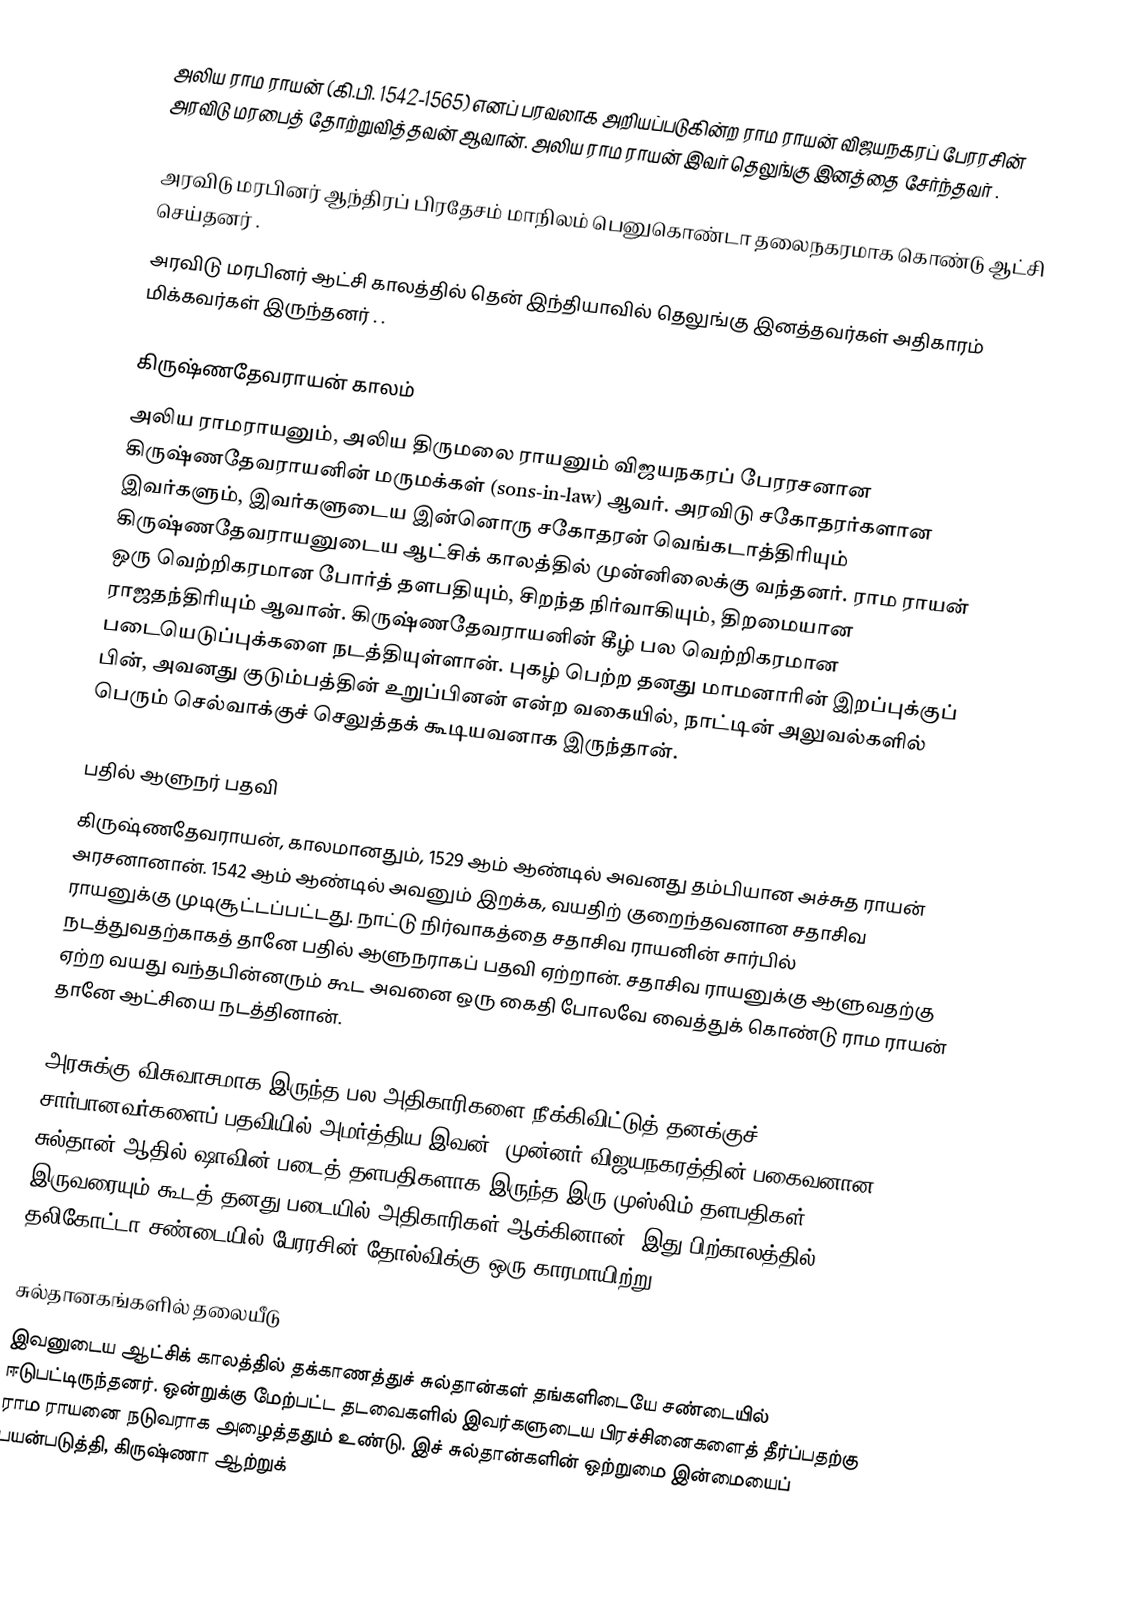
அலிய ராம ராயன் (கி.பி. 1542-1565) எனப் பரவலாக அறியப்படுகின்ற ராம ராயன் விஜயநகரப் பேரரசின் அரவிடு மரபைத் தோற்றுவித்தவன் ஆவான். அலிய ராம ராயன் இவர்    தெலுங்கு  இனத்தை சேர்ந்தவர் .

 அரவிடு மரபினர்  ஆந்திரப் பிரதேசம் மாநிலம்     பெனுகொண்டா   தலைநகரமாக கொண்டு ஆட்சி  செய்தனர்   .
அரவிடு மரபினர் ஆட்சி காலத்தில் தென் இந்தியாவில் தெலுங்கு இனத்தவர்கள் அதிகாரம் மிக்கவர்கள் இருந்தனர் .  .

கிருஷ்ணதேவராயன் காலம்
அலிய ராமராயனும், அலிய திருமலை ராயனும் விஜயநகரப் பேரரசனான கிருஷ்ணதேவராயனின் மருமக்கள் (sons-in-law) ஆவர். அரவிடு சகோதரர்களான இவர்களும், இவர்களுடைய இன்னொரு சகோதரன் வெங்கடாத்திரியும் கிருஷ்ணதேவராயனுடைய ஆட்சிக் காலத்தில் முன்னிலைக்கு வந்தனர். ராம ராயன் ஒரு வெற்றிகரமான போர்த் தளபதியும், சிறந்த நிர்வாகியும், திறமையான ராஜதந்திரியும் ஆவான். கிருஷ்ணதேவராயனின் கீழ் பல வெற்றிகரமான படையெடுப்புக்களை நடத்தியுள்ளான். புகழ் பெற்ற தனது மாமனாரின் இறப்புக்குப் பின், அவனது குடும்பத்தின் உறுப்பினன் என்ற வகையில், நாட்டின் அலுவல்களில் பெரும் செல்வாக்குச் செலுத்தக் கூடியவனாக இருந்தான்.

பதில் ஆளுநர் பதவி
கிருஷ்ணதேவராயன், காலமானதும், 1529 ஆம் ஆண்டில் அவனது தம்பியான அச்சுத ராயன் அரசனானான். 1542 ஆம் ஆண்டில் அவனும் இறக்க, வயதிற் குறைந்தவனான சதாசிவ ராயனுக்கு முடிசூட்டப்பட்டது. நாட்டு நிர்வாகத்தை சதாசிவ ராயனின் சார்பில் நடத்துவதற்காகத் தானே பதில் ஆளுநராகப் பதவி ஏற்றான். சதாசிவ ராயனுக்கு ஆளுவதற்கு ஏற்ற வயது வந்தபின்னரும் கூட அவனை ஒரு கைதி போலவே வைத்துக் கொண்டு ராம ராயன் தானே ஆட்சியை நடத்தினான்.

அரசுக்கு விசுவாசமாக இருந்த பல அதிகாரிகளை நீக்கிவிட்டுத் தனக்குச் சார்பானவர்களைப் பதவியில் அமர்த்திய இவன், முன்னர் விஜயநகரத்தின் பகைவனான சுல்தான் ஆதில் ஷாவின் படைத் தளபதிகளாக இருந்த இரு முஸ்லிம் தளபதிகள் இருவரையும் கூடத் தனது படையில் அதிகாரிகள் ஆக்கினான். இது பிற்காலத்தில் தலிகோட்டா சண்டையில் பேரரசின் தோல்விக்கு ஒரு காரமாயிற்று.

சுல்தானகங்களில் தலையீடு
இவனுடைய ஆட்சிக் காலத்தில் தக்காணத்துச் சுல்தான்கள் தங்களிடையே சண்டையில் ஈடுபட்டிருந்தனர். ஒன்றுக்கு மேற்பட்ட தடவைகளில் இவர்களுடைய பிரச்சினைகளைத் தீர்ப்பதற்கு ராம ராயனை நடுவராக அழைத்ததும் உண்டு. இச் சுல்தான்களின் ஒற்றுமை இன்மையைப் பயன்படுத்தி, கிருஷ்ணா ஆற்றுக்